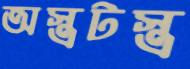
অস্ত্রটস্ত্র